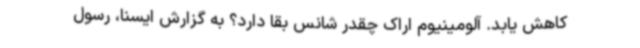
کاهش یابد. آلومینیوم اراک چقدر شانس بقا دارد؟ به گزارش ایسنا، رسول